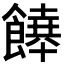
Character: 𩞔